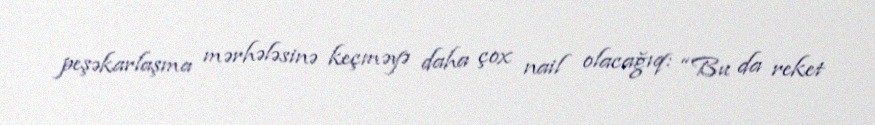
peşəkarlaşma mərhələsinə keçməyə daha çox nail olacağıq: “Bu da reket